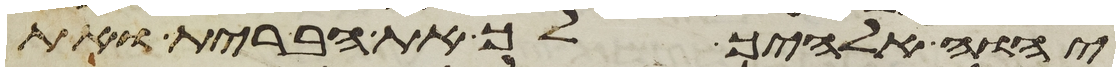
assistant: יהוה אלהיך לך את הברית ואת